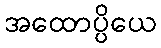
အထောပ္ပိယေ